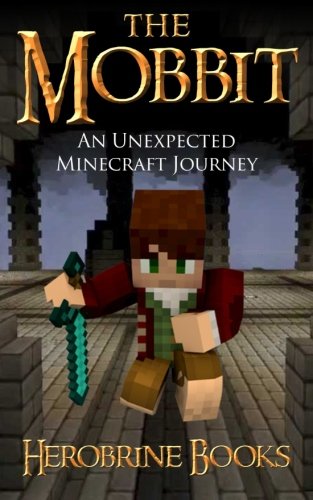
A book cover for The Mobbit: An Unexpected Minecraft Journey; Herobrine Books; Children's Books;